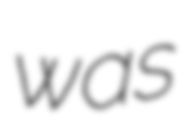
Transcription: was